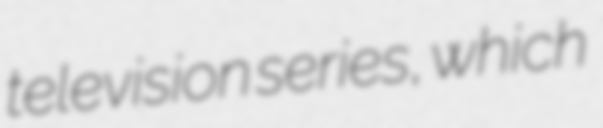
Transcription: television series, which